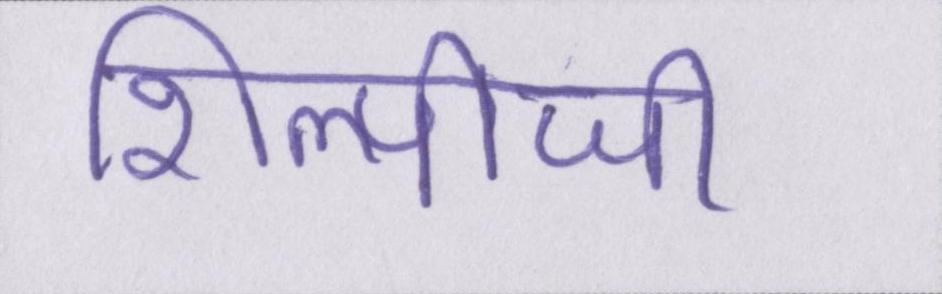
शिल्पीजी